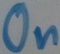
Text: On